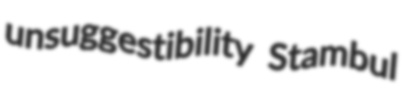
unsuggestibility Stambul